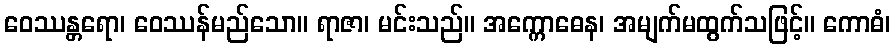
ဝေဿန္တရော၊ ဝေဿန်မည်သော။ ရာဇာ၊ မင်းသည်။ အက္ကောဓေန၊ အမျက်မထွက်သဖြင့်။ ကောဓံ၊